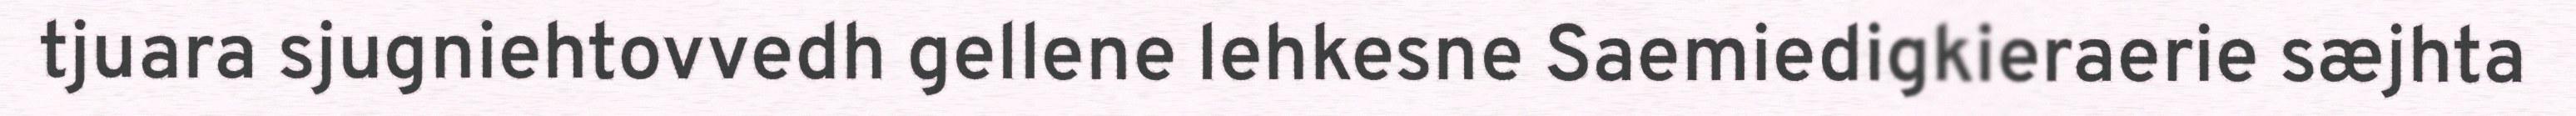
tjuara sjugniehtovvedh gellene lehkesne Saemiedigkieraerie sæjhta